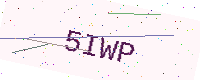
Text: 5IWP